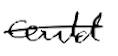
Text: could
Cross-out: single-line
Writing tool: digital_black